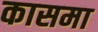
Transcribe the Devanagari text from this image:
कासमा